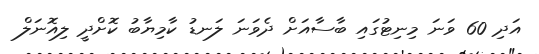
އަދި 60 ވަނަ މިނިޓުގައި ބާސާއަށް ދެވަނަ ލަނޑު ކާމިޔާބު ކޮށްދީ ލިއޮނަލް